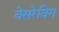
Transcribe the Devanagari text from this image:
वेसरेविग